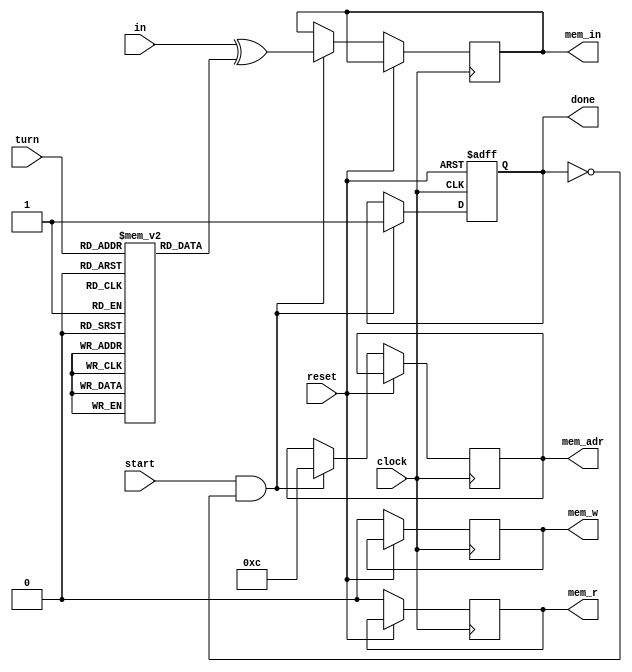
module Addrc 
(
    input [0:63] in,
    input start,
    input clock,
    input reset,
    input [4:0] turn,
    output reg done,
    output reg [4:0] mem_adr,
    output reg [0:63] mem_in,
    output reg mem_r,
    output reg mem_w
);

integer i, x, y, final_index, lane = 0;

reg [0:63] in_temp;

reg [0:63] rc [0:23];

initial begin
    done = 0;
    rc[0]  = 64'h0000000000000001;
    rc[1]  = 64'h0000000000008082;
    rc[2]  = 64'h800000000000808A;
    rc[3]  = 64'h8000000080008000;
    rc[4]  = 64'h000000000000808B;
    rc[5]  = 64'h0000000080000001;
    rc[6]  = 64'h8000000080008081;
    rc[7]  = 64'h8000000000008009;
    rc[8]  = 64'h000000000000008A;
    rc[9]  = 64'h0000000000000088;
    rc[10] = 64'h0000000080008009;
    rc[11] = 64'h000000008000000A;
    rc[12] = 64'h000000008000808B;
    rc[13] = 64'h800000000000008B;
    rc[14] = 64'h8000000000008089;
    rc[15] = 64'h8000000000008003;
    rc[16] = 64'h8000000000008002;
    rc[17] = 64'h8000000000000080;
    rc[18] = 64'h000000000000800A;
    rc[19] = 64'h800000008000000A;
    rc[20] = 64'h8000000080008081;
    rc[21] = 64'h8000000000008080;
    rc[22] = 64'h0000000080000001;
    rc[23] = 64'h8000000080008008;
end

always @(posedge clock, posedge reset) begin
    if (reset) begin
        done = 0;
    end
    else if (start && ~done) begin
        mem_r = 1;
        mem_adr = 5'd12;
        mem_w = 0;
        #3;
        in_temp = in;
        #2;
        in_temp = in_temp ^ rc[turn];
        #2
        mem_in = in_temp;
        #5;
        mem_r = 0;
        mem_w = 1;
        done = 1;
        #2;
        mem_w = 0;
        #2;
    end
    else begin
        mem_r = 0;
        mem_w = 0;
    end
end

endmodule